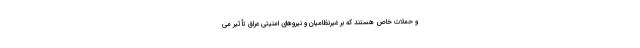
و حملات خاص هستند که بر غیرنظامیان و نیروهای امنیتی عراق تأثیر می